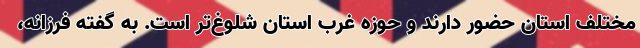
مختلف استان حضور دارند و حوزه غرب استان شلوغ‌تر است. به گفته فرزانه،